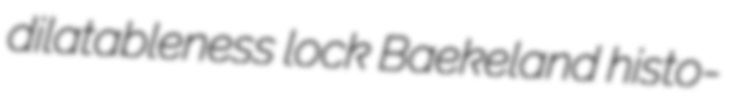
dilatableness lock Baekeland histo-